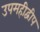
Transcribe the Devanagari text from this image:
उपमहीद्वीप